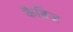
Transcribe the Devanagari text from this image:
कैब्रिज